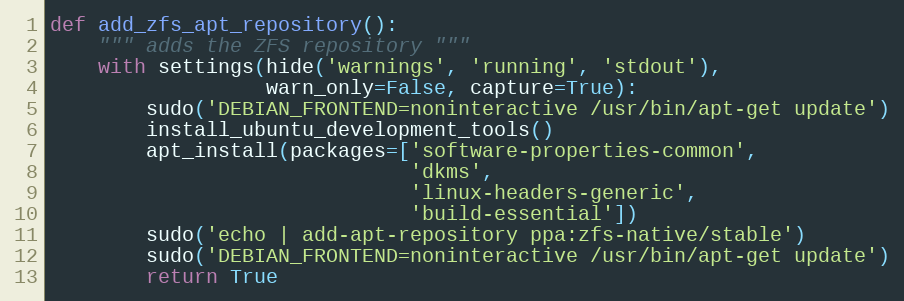
Language: Python
def add_zfs_apt_repository():
    """ adds the ZFS repository """
    with settings(hide('warnings', 'running', 'stdout'),
                  warn_only=False, capture=True):
        sudo('DEBIAN_FRONTEND=noninteractive /usr/bin/apt-get update')
        install_ubuntu_development_tools()
        apt_install(packages=['software-properties-common',
                              'dkms',
                              'linux-headers-generic',
                              'build-essential'])
        sudo('echo | add-apt-repository ppa:zfs-native/stable')
        sudo('DEBIAN_FRONTEND=noninteractive /usr/bin/apt-get update')
        return True